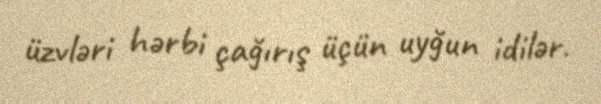
üzvləri hərbi çağırış üçün uyğun idilər.